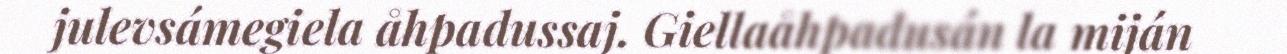
julevsámegiela åhpadussaj. Giellaåhpadusán la miján